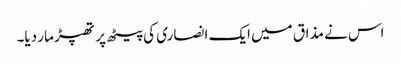
اس نے مذاق میں ایک انصاری کی پیٹھ پر تھپڑ مار دیا۔